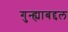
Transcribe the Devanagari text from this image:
गुन्ह्याबद्दल